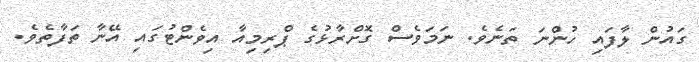
ގައުން ލާފައި ހުންނަ ތަނެވެ. ނަމަވެސް ގޮށްރާޅުގެ ޕްރިމިއާ އިވެންޓުގައި އޭނާ ތަފާތެވެ.